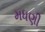
મધણી